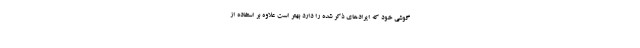
گوشی خود که ایرادهای ذکر شده را دارد بهتر است علاوه بر استفاده از